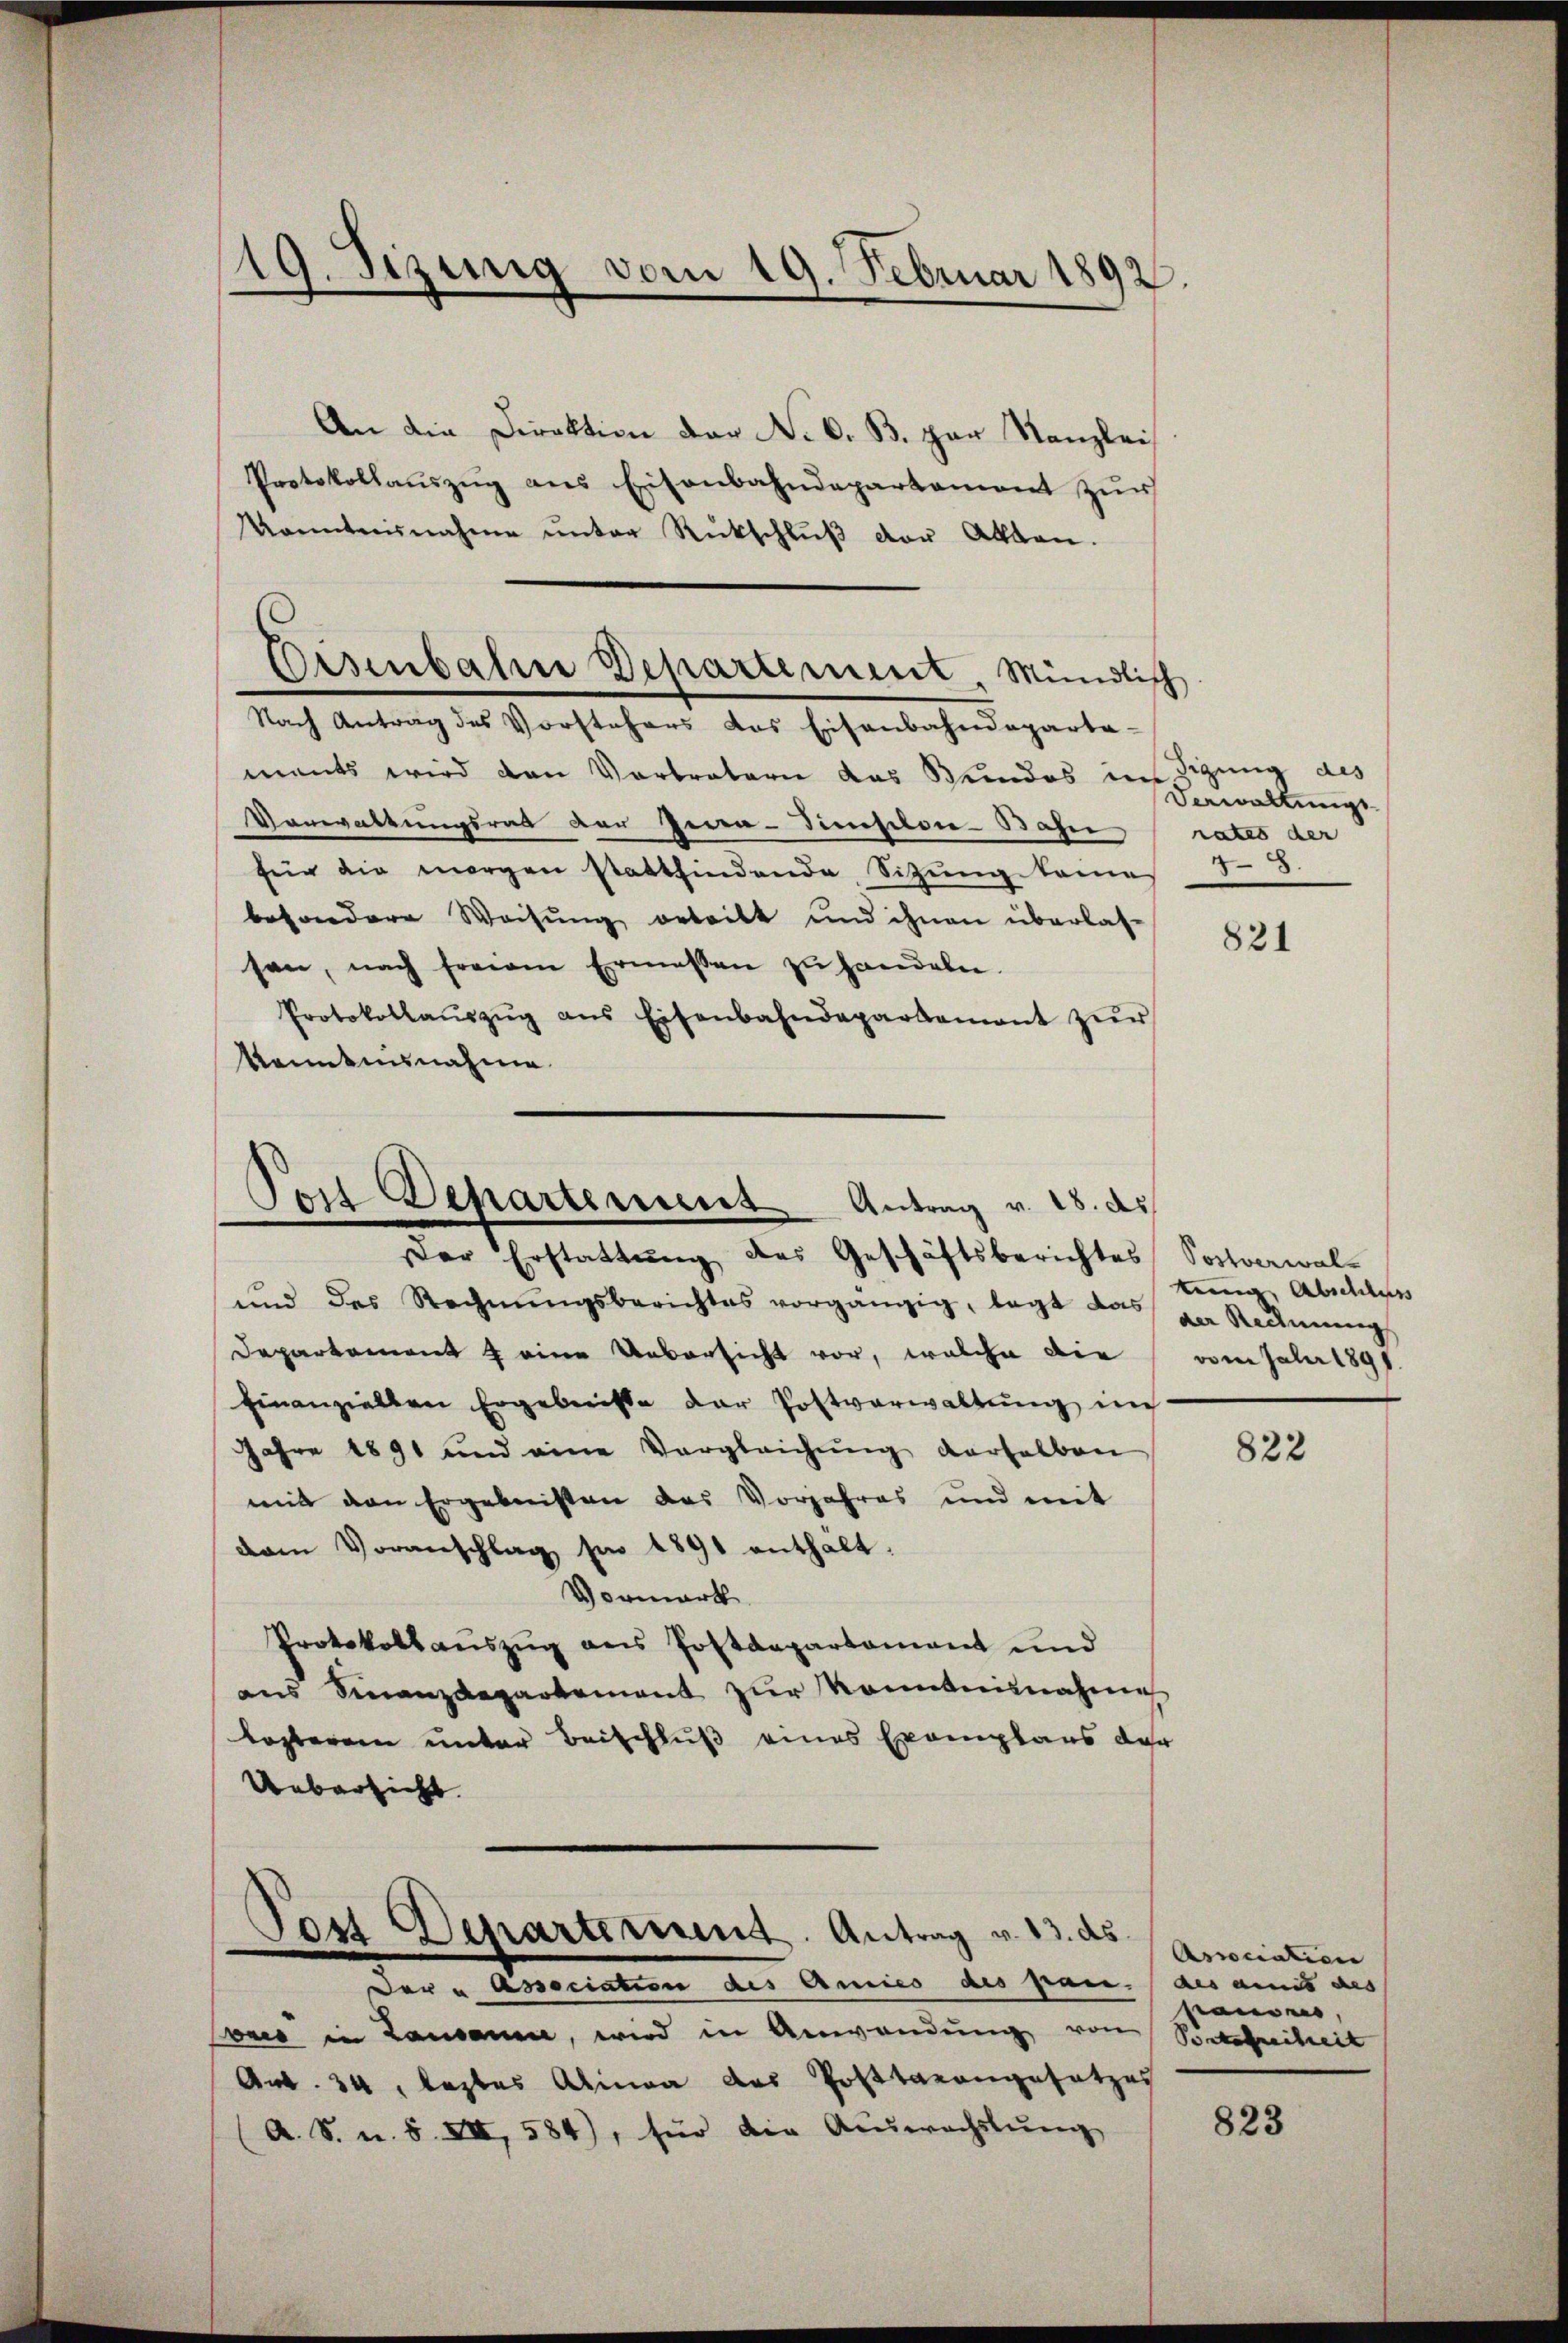
19. dizinig vom 19. Februar 1892.

Eisenbahn Departement, Mündlich

Post Departenins Antrag v. 18. ds.
Der Erstattung des Geschäftsberichtes Postverwal-

und des Rechnŭngsberichtes vorgängig, legt das da Reŭmŭng
Departement f eine Uebersicht vor, welche die vom Jahr 1891.
Einanziellen Ergebnisse der Postverwaltŭng in
Jahre 1891 und eine Vergleichung derselben
mit den Ergebnissen das Vorjahres und mit
dam Voranschlag für 1891 enthalt.
Vormerk
Protokollauszug aus Postdepartement und
ans Finanzdepartement zur Kenntnisnahme
losterem unter Beischluß eines Exemplaus der
Uebersicht
Post Departement. Antrag v. 13. ds.
Der u Association des Amies des pan. (des annis des
sweis in Lausanne, wird in Anwendung von Sockereiheit
Ant. 34, leztes Alinea das Posttrangesetzes
A. S. u. S. XII, 584), für die Auswachslung

An die Direktion der N. O. B. zur Kanzlei
Protokollaŭszŭg ans Eisenbahndepartament zŭr
Konntensnahme ŭnter Rückschlŭβ der Alten.
Nach Antrag des Vorstehers das Eisenbahndeparta-
ments wird den Vortretern das Bundes im Sigung des
Verwaltungsrat der Gena-Sincsilvie-Bahne
für die morgen stattfindende Sitzung keines S. 8.
besondere Weisung ertritt und ihnen überlas-
sen, nach freiem Ermessen zŭ handeln.
Protokollaŭszŭg ans Eisenbahndepartement zŭr
kanntnisnahme

Verwaltungs-
rates der

821

tenig Abschluss

822

Arciation
pandes,

823